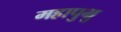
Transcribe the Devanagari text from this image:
महापुभु